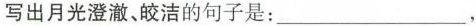
写出月光澄澈、皎洁的句子是：___，